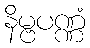
နိမ္ဗပဏ္ဏံ